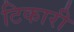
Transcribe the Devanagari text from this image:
टिकारी